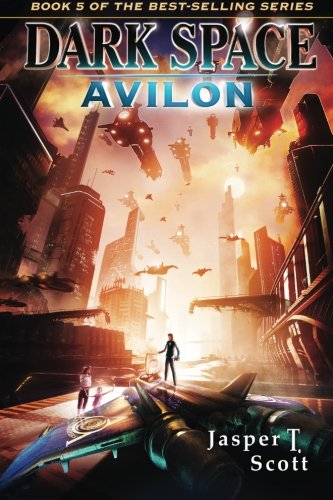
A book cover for Dark Space (Book 5): Avilon (Volume 5); Jasper T. Scott; Science Fiction & Fantasy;